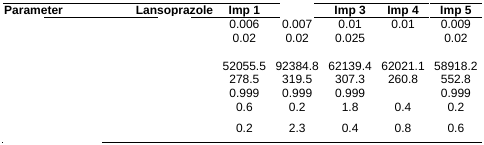
<table><thead><tr><td><b>Parameter</b></td><td><b>Lansoprazole</b></td><td><b>Imp 1</b></td><td>[EMPTY_CELL]</td><td><b>Imp 3</b></td><td><b>Imp 4</b></td><td><b>Imp 5</b></td></tr></thead><tbody><tr><td>[EMPTY_CELL]</td><td>[EMPTY_CELL]</td><td>0.006</td><td>0.007</td><td>0.01</td><td>0.01</td><td>0.009</td></tr><tr><td>[EMPTY_CELL]</td><td>[EMPTY_CELL]</td><td>0.02</td><td>0.02</td><td>0.025</td><td>[EMPTY_CELL]</td><td>0.02</td></tr><tr><td>[EMPTY_CELL]</td><td>[EMPTY_CELL]</td><td>[EMPTY_CELL]</td><td>[EMPTY_CELL]</td><td>[EMPTY_CELL]</td><td>[EMPTY_CELL]</td><td>[EMPTY_CELL]</td></tr><tr><td>[EMPTY_CELL]</td><td>[EMPTY_CELL]</td><td>52055.5</td><td>92384.8</td><td>62139.4</td><td>62021.1</td><td>58918.2</td></tr><tr><td>[EMPTY_CELL]</td><td>[EMPTY_CELL]</td><td>278.5</td><td>319.5</td><td>307.3</td><td>260.8</td><td>552.8</td></tr><tr><td>[EMPTY_CELL]</td><td>[EMPTY_CELL]</td><td>0.999</td><td>0.999</td><td>0.999</td><td>[EMPTY_CELL]</td><td>0.999</td></tr><tr><td>[EMPTY_CELL]</td><td>[EMPTY_CELL]</td><td>0.6</td><td>0.2</td><td>1.8</td><td>0.4</td><td>0.2</td></tr><tr><td>[EMPTY_CELL]</td><td>[EMPTY_CELL]</td><td>0.2</td><td>2.3</td><td>0.4</td><td>0.8</td><td>0.6</td></tr></tbody></table>